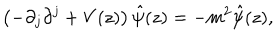
LaTeX: \left( - \partial _ { j } \partial ^ { j } + V ( z ) \right) \hat { \psi } ( z ) = - m ^ { 2 } \hat { \psi } ( z ) ,